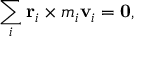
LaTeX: \sum _ { i } \mathbf { r } _ { i } \times m _ { i } \mathbf { v } _ { i } = \mathbf { 0 } ,